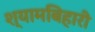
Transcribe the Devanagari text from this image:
श्यामबिहारी